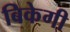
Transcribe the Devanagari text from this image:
बिकेगी